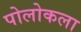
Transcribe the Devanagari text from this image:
पोलोकला